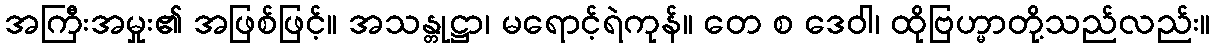
အကြီးအမှုး၏ အဖြစ်ဖြင့်။ အသန္တုဋ္ဌာ၊ မရောင့်ရဲကုန်။ တေ စ ဒေဝါ၊ ထိုဗြဟ္မာတို့သည်လည်း။